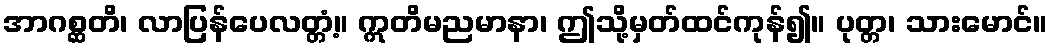
အာဂစ္ဆတိ၊ လာပြန်ပေလတ္တံ့။ ဣတိမညမာနာ၊ ဤသို့မှတ်ထင်ကုန်၍။ ပုတ္တ၊ သားမောင်။